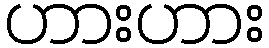
ဟားဟား